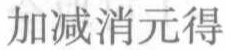
加减消元得